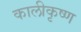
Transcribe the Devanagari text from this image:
कालीकृष्ण